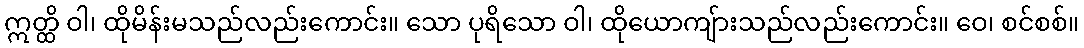
ဣတ္ထိ ဝါ၊ ထိုမိန်းမသည်လည်းကောင်း။ သော ပုရိသော ဝါ၊ ထိုယောကျ်ားသည်လည်းကောင်း။ ဝေ၊ စင်စစ်။